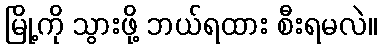
မြို့ကို သွားဖို့ ဘယ်ရထား စီးရမလဲ။